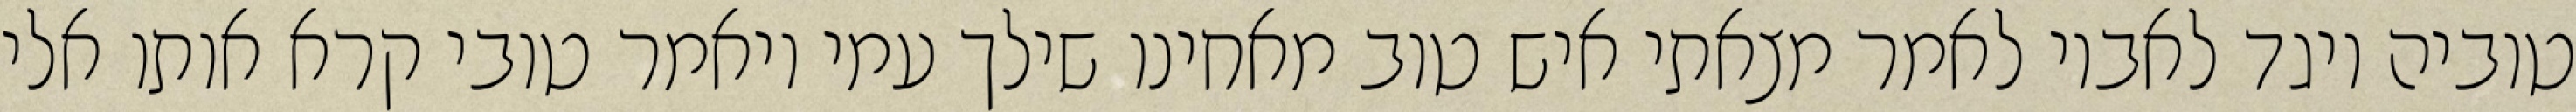
טוביה ויגד לאביו לאמר מצאתי איש טוב מאחינו שילך עמי ויאמר טובי קרא אותו אלי